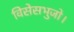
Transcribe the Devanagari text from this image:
विसेसभुजो।